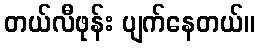
တယ်လီဖုန်း ပျက်နေတယ်။